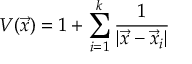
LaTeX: V ( \vec { x } ) = 1 + \sum _ { i = 1 } ^ { k } { \frac { 1 } { | \vec { x } - \vec { x } _ { i } | } }